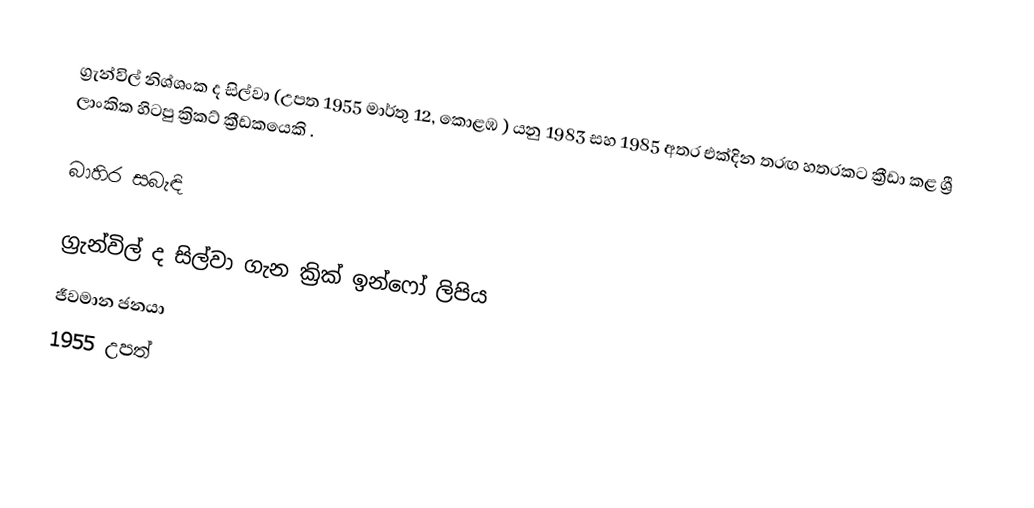
ග්‍රැන්විල් නිශ්ශංක ද සිල්වා (උපත 1955 මාර්තු 12, කොළඹ ) යනු 1983 සහ 1985 අතර එක්දින තරඟ හතරකට ක්‍රීඩා කළ ශ්‍රී ලාංකික හිටපු ක්‍රිකට් ක්‍රීඩකයෙකි .

බාහිර සබැඳි

 ග්‍රැන්විල් ද සිල්වා ගැන ක්‍රික් ඉන්ෆෝ ලිපිය
ජීවමාන ජනයා
1955 උපත්